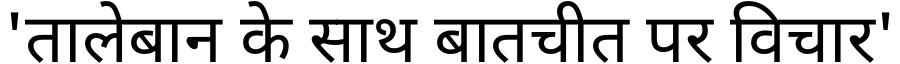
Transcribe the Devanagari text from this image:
'तालेबान के साथ बातचीत पर विचार'